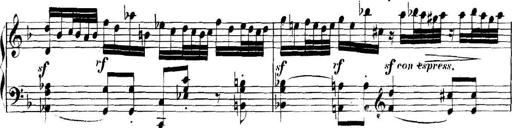
Title: Collected Piano Sonatas
Composer: Muzio Clementi